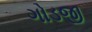
ગોડજી